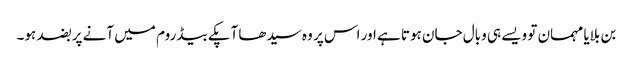
بن بلایا مہمان تو ویسے ہی وبال جان ہوتا ہے اور اس پر وہ سیدھا آپکے بیڈروم میں آنے پر بضد ہو۔